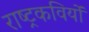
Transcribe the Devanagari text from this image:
राष्ट्रकवियों